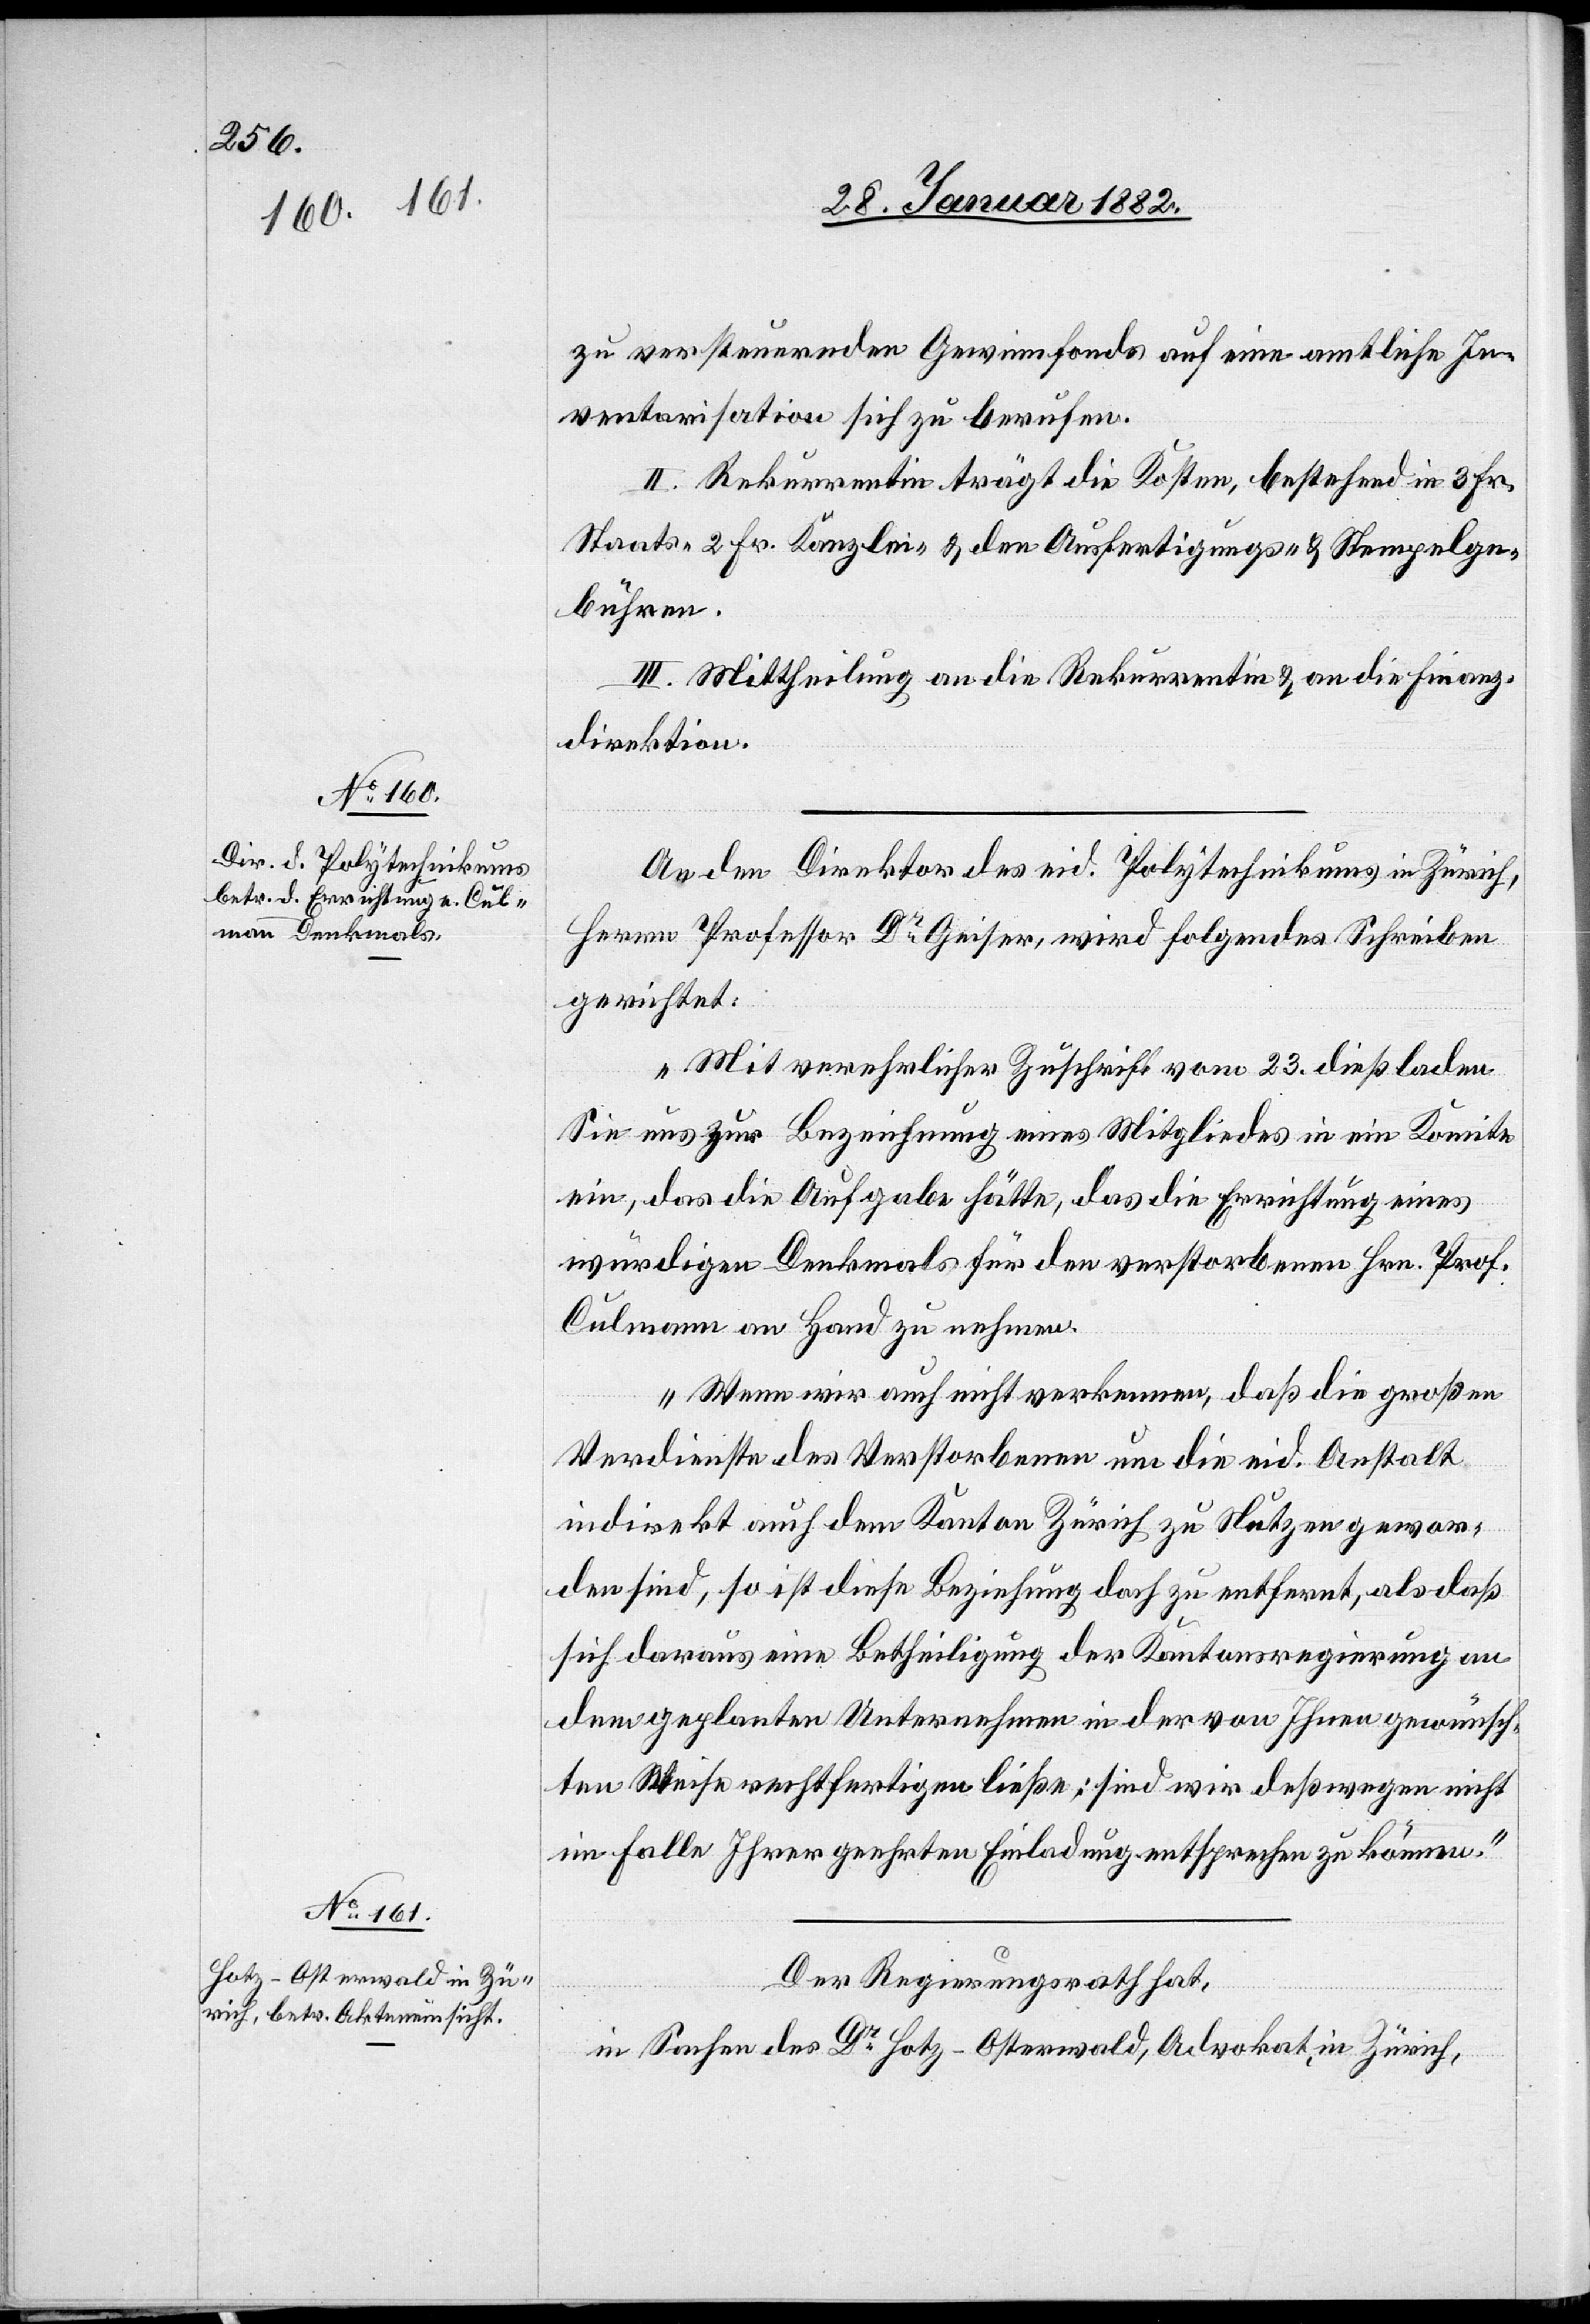
zu versteuernden Gewinnfonds auf eine amtliche In¬
ventarisation sich zu berufen.
II. Rekurrentin trägt die Kosten, bestehend in 3. Fr.
Staats- 2. Fr. Kanzlei- & den Ausfertigungs- & Stempelge¬
bühren.
III. Mittheilung an die Rekurrentin & an die Finanz¬
direktion.
An den Direktor des eid. Polytechnikums in Zürich,
Herrn Professor Dr Geiser, wird folgendes Schreiben
gerichtet:
„Mit verehrlicher Zuschrift vom 23. dieß laden
Sie uns zur Bezeichnung eines Mitgliedes in ein Komitee
ein, daß die Aufgabe hätte, die Errichtung eines
würdigen Denkmals für den verstorbenen Hrn. Prof.
Culmann an Hand zu nehmen.
Wenn wir auch nicht verkennen, daß die großen
Verdienste des Verstorbenen um die eid. Anstalt
indirekt auch dem Kanton Zürich zu Nutzen gewor¬
den sind, so ist diese Beziehung doch zu entfernt, als daß
sich daraus eine Betheiligung der Kantonsregierung an
dem geplanten Unternehmen in der von Ihnen gewünsch¬
ten Weise rechtfertigen ließe; sind wir deswegen nicht
im Falle Ihrer geehrten Einladung entsprechen zu können.“
Der Regierungsrath hat,
in Sachen des Dr Hotz-Osterwald, Advokat, in Zürich